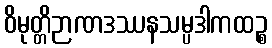
ဝိမုတ္တိဉာဏဒဿနသမ္ပဒါကထဉ္စ